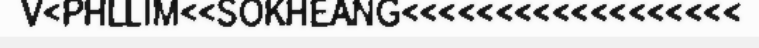
V<PHLLIM<<SOKHEANG<<<<<<<<<<<<<<<<<<